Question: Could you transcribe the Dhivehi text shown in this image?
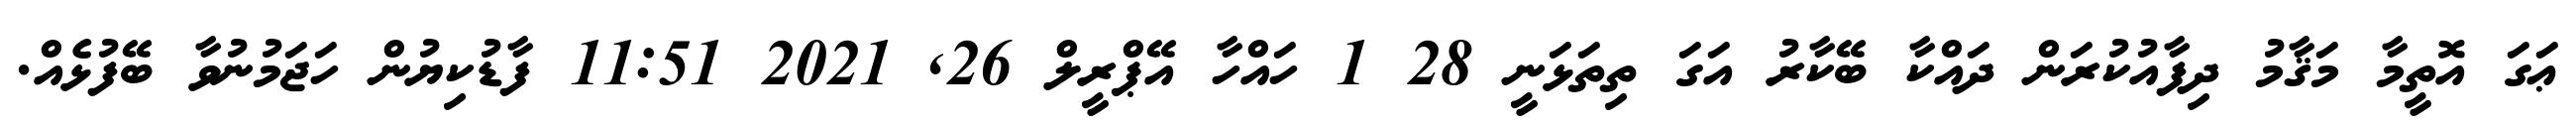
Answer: ޢަގަ އޮތީމާ މަޤާމު ދިފާއުކުރަން ދައްކާ ބޭކާރު އަގަ ތިތަޅަނީ 28 1 ހައްހާ އޭޕްރީލް 26, 2021 11:51 ފާޑުކިޔުން ހަޖަމުނުވާ ބޭފުޅެއް.